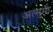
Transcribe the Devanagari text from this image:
अत्सुमी